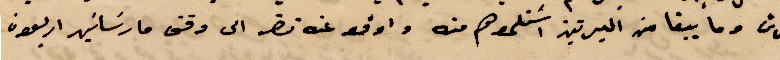
غرش وما يبقا من البرتيز استلموهم منه واوقف عنه نضر الى وقت مارساسين أربعون